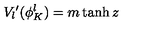
V _ { l } { ' } ( \phi _ { K } ^ { l } ) = m \tanh z